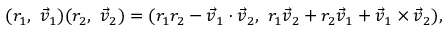
( r _ { 1 } , \ { \vec { v } } _ { 1 } ) ( r _ { 2 } , \ { \vec { v } } _ { 2 } ) = ( r _ { 1 } r _ { 2 } - { \vec { v } } _ { 1 } \cdot { \vec { v } } _ { 2 } , \ r _ { 1 } { \vec { v } } _ { 2 } + r _ { 2 } { \vec { v } } _ { 1 } + { \vec { v } } _ { 1 } \times { \vec { v } } _ { 2 } ) ,